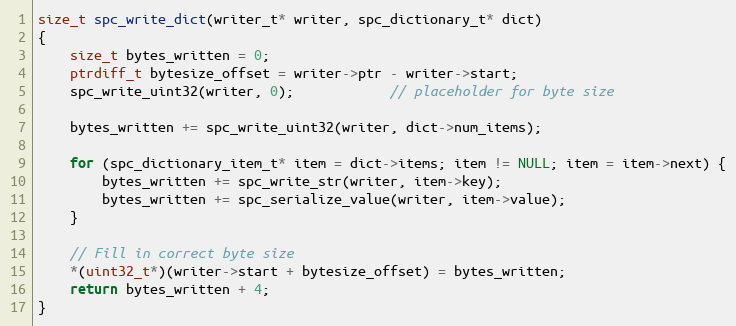
Language: C
size_t spc_write_dict(writer_t* writer, spc_dictionary_t* dict)
{
    size_t bytes_written = 0;
    ptrdiff_t bytesize_offset = writer->ptr - writer->start;
    spc_write_uint32(writer, 0);            // placeholder for byte size

    bytes_written += spc_write_uint32(writer, dict->num_items);

    for (spc_dictionary_item_t* item = dict->items; item != NULL; item = item->next) {
        bytes_written += spc_write_str(writer, item->key);
        bytes_written += spc_serialize_value(writer, item->value);
    }

    // Fill in correct byte size
    *(uint32_t*)(writer->start + bytesize_offset) = bytes_written;
    return bytes_written + 4;
}